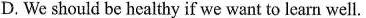
D. We should be healthy if we want to learn well.